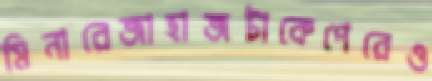
মিনারেজাহাজটাকেপেরেও